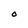
Character: O